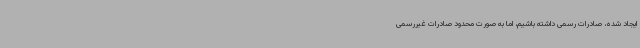
ایجاد شده، صادرات رسمی داشته باشیم، اما به صورت محدود صادرات غیررسمی